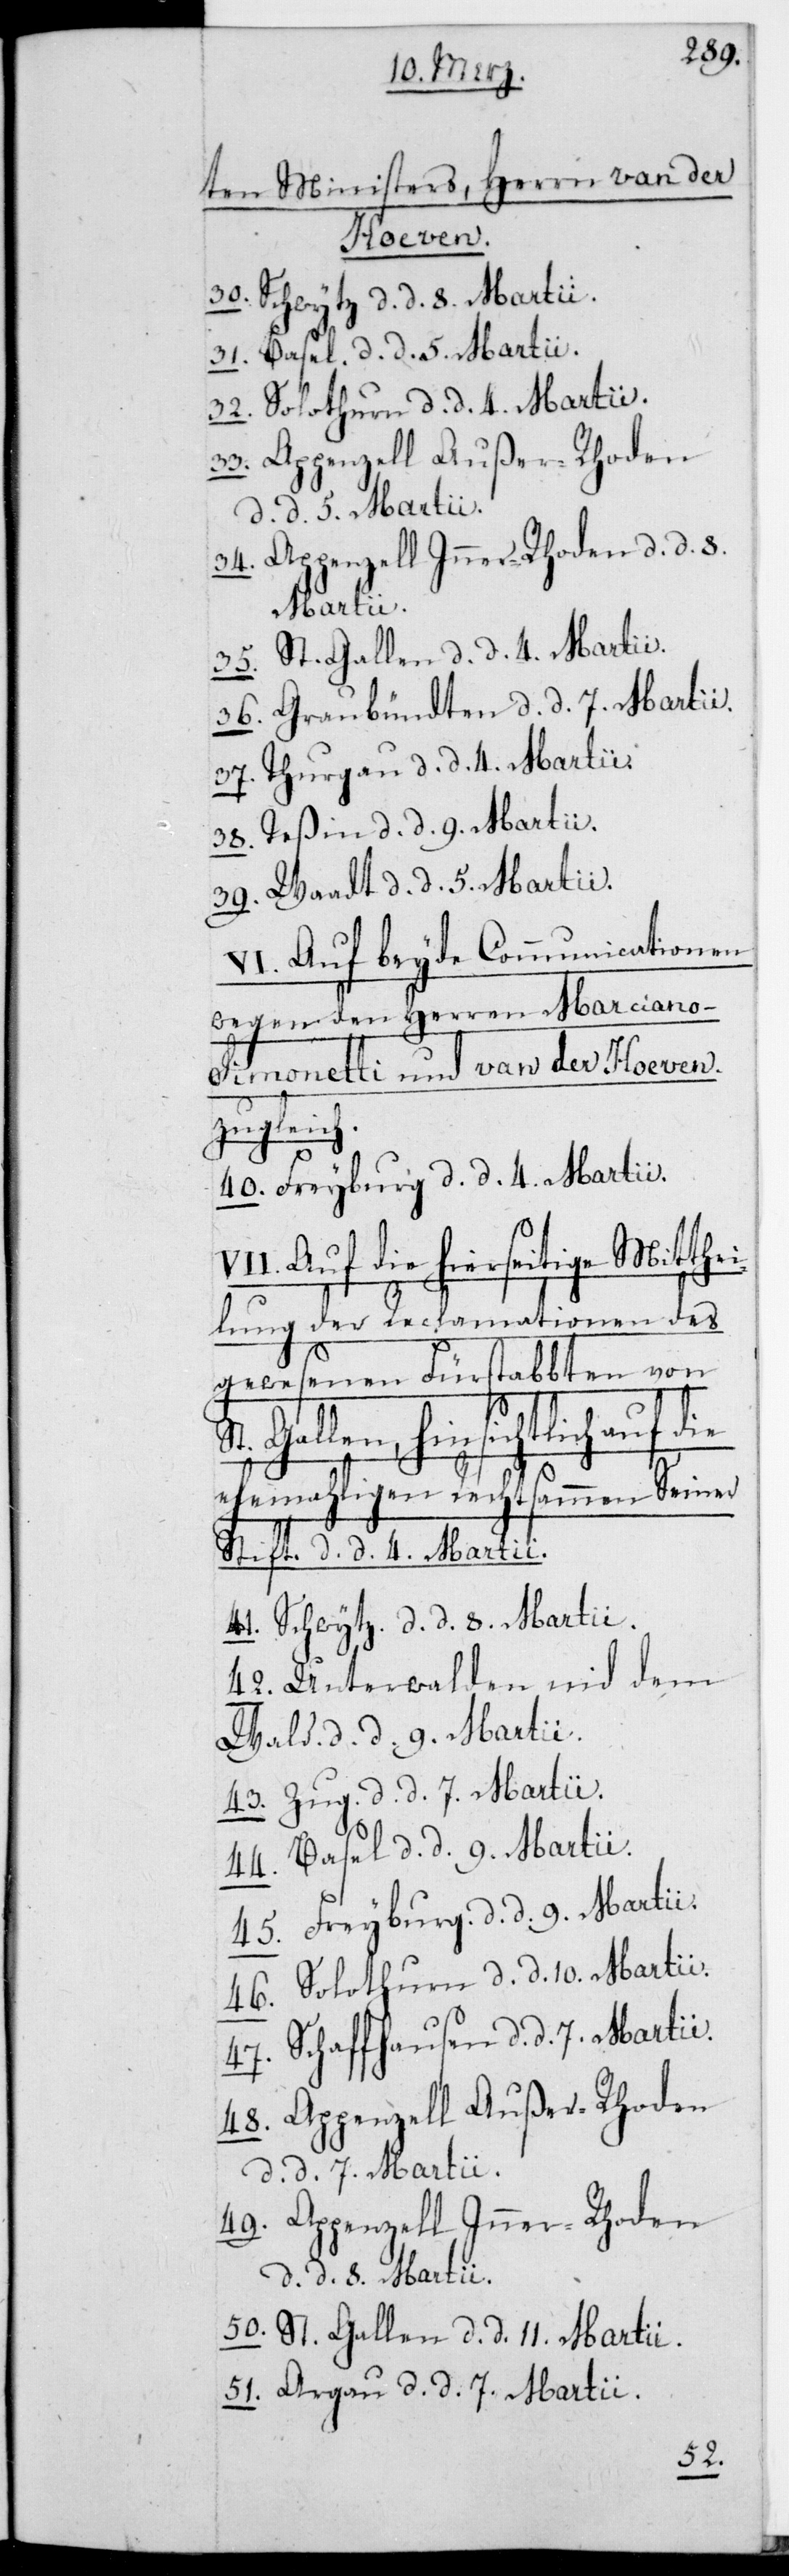
ten Ministers, Herrn van der
Hoeven.
30. Schwytz, d. d. 8. Martii.
31. Basel, d. d. 5. Martii.
32. Solothurn, d. d. 4. Martii.
33. Appenzell Außer-Rhoden,
d. d. 5. Martii.
35. St. Gallen, d. d. 4. Martii.
36. Graubündten, d. d. 7. Martii.
37. Thurgau, d. d. 4. Martii.
38. Teßin, d. d. 9. Martii.
39. Waadt, d. d. 5. Martii.
VI. Auf beyde Communicationen,
wegen den Herren Marcian¬
o-Simonetti und van der Hoeven
zugleich.
40. Freyburg, d. d. 4. Martii.
Auf die hierseitige Mitthe¬
ilung der Reclamationen des
gewesenen Fürstabten von
Gallen, hinsichtlich auf
ehemaligen Rechtsammen Seiner
Stift, d. d. 4. Martii.
41. Schwytz, d. d. 8. Martii.
42. Unterwalden nid dem
Wald, d. d. 9. Martii.
43. Zug, d. d. 7. Martii.
44. Basel, d. d. 9. Martii.
45. Freyburg , d. d. 9. Martii.
46. Solothurn, d. d. 10. Martii.
47. Schaffhausen, d. d. 7. Martii.
48. Appenzell Außer-Rhoden,
d. d. 7. Martii.
49. Appenzell Inner-Rhoden,
d. d. 8. Martii.
50. St. Gallen, d. d. 11. Martii.
51. Argau, d. d. 7. Martii.